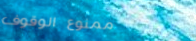
ممنوع الوقوف